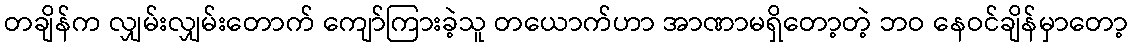
တချိန်က လျှမ်းလျှမ်းတောက် ကျော်ကြားခဲ့သူ တယောက်ဟာ အာဏာမရှိတော့တဲ့ ဘဝ နေဝင်ချိန်မှာတော့